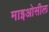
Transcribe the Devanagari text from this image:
माइओसील